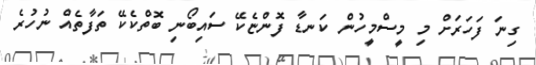
ގިނަ ފަހަރަށް މި މީސްމީހުން ކަނޑާ ފޮންޏެކޭ ސައިބޯނި ބޮތްކެކޭ ތަފާތެއް ނުހުރެ